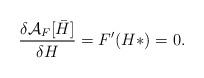
LaTeX: \begin{align*}\frac{\delta {\cal A}_F [{{\bar H}}]}{\delta H} = F^{\prime}(H*) =0.\end{align*}